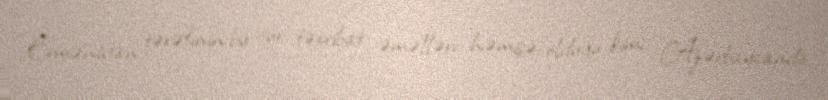
Ermənistan tərəfinin bu cür təxribat əməlləri həmişə olduğu kimi, Azərbaycanda